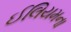
ઈલિયમના